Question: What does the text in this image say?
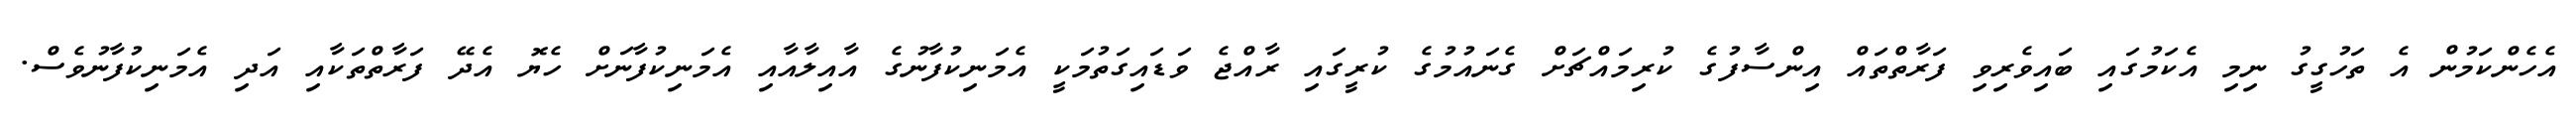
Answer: އެހެންކަމުން އެ ތަހުގީގު ނިމި އެކަމުގައި ބައިވެރިވި ފަރާތްތައް އިންސާފުގެ ކުރިމައްޗަށް ގެނައުމުގެ ކުރީގައި ރާއްޖެ ވަޑައިގަތުމަކީ އެމަނިކުފާނުގެ އާއިލާއާއި އެމަނިކުފާނަށް ހެޔޮ އެދޭ ފަރާތްތަކާއި އަދި އެމަނިކުފާނުވެސް.